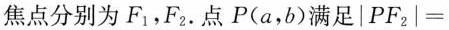
焦点分别为F_{1}，F_{2}.点P(a，b)满足$$\left | P F _ { 2 } \right | =